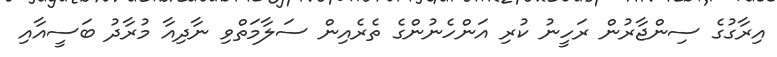
އިރާގުގެ ސިންޖާރުން ރަހީނު ކުރި އަންހެނުންގެ ތެރެއިން ސަލާމަތްވި ނާދިއާ މުރާދު ބަސީއާއި